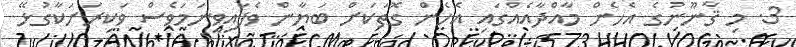
3. މި ޤާނޫނުގެ އެހެން މާއްދާއެއްގައި އެހެން ގޮތަކަށް ބަޔާން ވެފައިވީނަމަވެސް ވަކިރަށަކާގުޅޭ